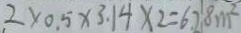
2 \times 0 . 5 \times 3 . 1 4 \times 2 = 6 . 2 8 m ^ { 2 }